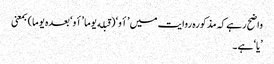
واضح رہے کہ مذکورہ روایت میں ’أو‘ (قبله یوما ’أو‘ بعدہ یوما) بمعنی
’یا‘ ہے۔